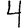
Digit: 4